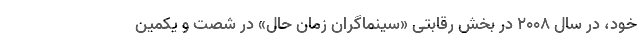
خود، در سال 2008 در بخش رقابتی «سینماگران زمان حال» در شصت و یکمین